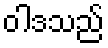
ဝါဒသည်